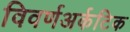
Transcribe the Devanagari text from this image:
विवर्णअर्कटिक